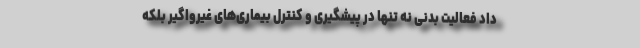
داد فعالیت بدنی نه تنها در پیشگیری و کنترل بیماری‌های غیرواگیر بلکه